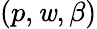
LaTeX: (p,\mathit{w},\beta)